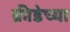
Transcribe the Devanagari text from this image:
क्रीडेच्या